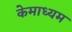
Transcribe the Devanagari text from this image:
केमाध्यम